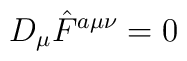
D_\mu \hat F^{a\mu\nu} = 0